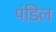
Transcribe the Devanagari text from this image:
पंडिल